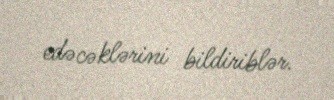
edəcəklərini bildiriblər.